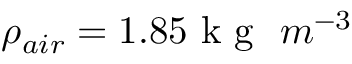
\rho _ { a i r } = 1 . 8 5 \mathrm { ~ k ~ g ~ } \ m ^ { - 3 }